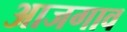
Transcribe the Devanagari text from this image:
आजगाव